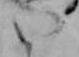
い